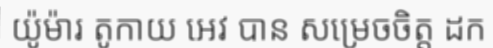
យ៉ូម៉ារ តូកាយ អេវ បាន សម្រេចចិត្ត ដក